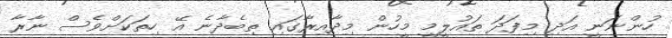
ހުންނަނީ އަދި މިފަދަ ތައުލީމީ މީހުން މިދާއިރާގައި ތިބެދާނެ އޭ ހިތަކަށްވެސް ނާރާ